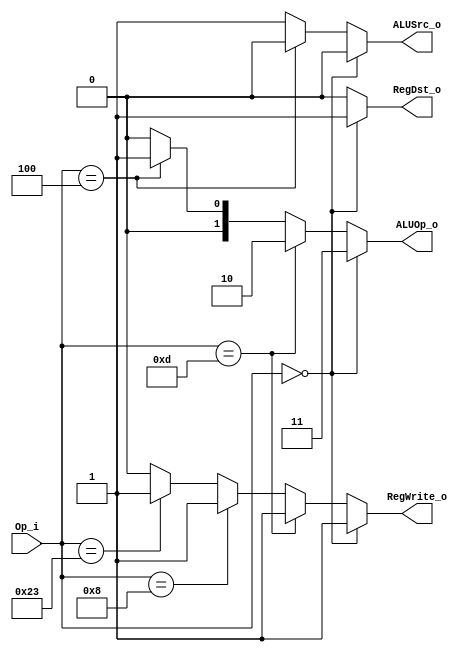
module Control
(
	Op_i,
	RegDst_o,
	ALUOp_o,
	ALUSrc_o,
	RegWrite_o
);

input	[5:0]	Op_i;
output	RegDst_o,ALUSrc_o,RegWrite_o;
output	[1:0]	ALUOp_o;

assign	RegWrite_o=	(Op_i==6'b000000)?	1:
						(Op_i==6'b001101)?	1:
						(Op_i==6'b001000)?	1:
						(Op_i==6'b100011)?	1:
												0;

assign	ALUSrc_o=	(Op_i==6'b000000)?	0:
						(Op_i==6'b000100)?	0:
												1;

assign	RegDst_o=	(Op_i==6'b000000)?	1:0;

assign	ALUOp_o=	(Op_i==6'b000000)?	2'b11:
						(Op_i==6'b001101)?	2'b10:
						(Op_i==6'b000100)?	2'b01:
													2'b00;
endmodule